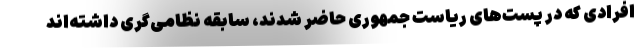
افرادی که در پست‌های ریاست جمهوری حاضر شدند، سابقه نظامی‌گری داشته‌اند